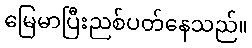
မြေမာပြီးညစ်ပတ်နေသည်။